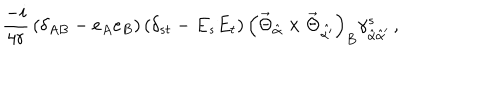
LaTeX: \frac { - i } { 4 r } \, ( \delta _ { A B } - e _ { A } e _ { B } ) \, ( \delta _ { s t } - E _ { s } E _ { t } ) \, \left( \vec { \Theta } _ { \hat { \alpha } } \times \vec { \Theta } _ { \hat { \alpha ^ { \prime } } } \right) _ { B } \gamma _ { \hat { \alpha } \hat { \alpha } ^ { \prime } } ^ { s } \, ,